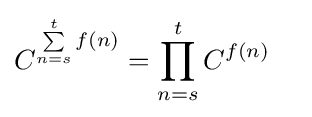
C^{\sum \limits _{n=s}^{t}f(n)}=\prod _{n=s}^{t}C^{f(n)}\quad